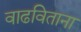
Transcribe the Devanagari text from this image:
वाढविताना